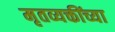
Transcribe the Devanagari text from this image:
मृतव्यक्तींच्या